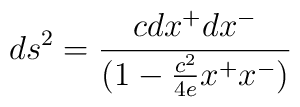
ds^2= {cdx^{+}dx^{-}\over (1- {c^2 \over 4e} x^{+}x^{-})}